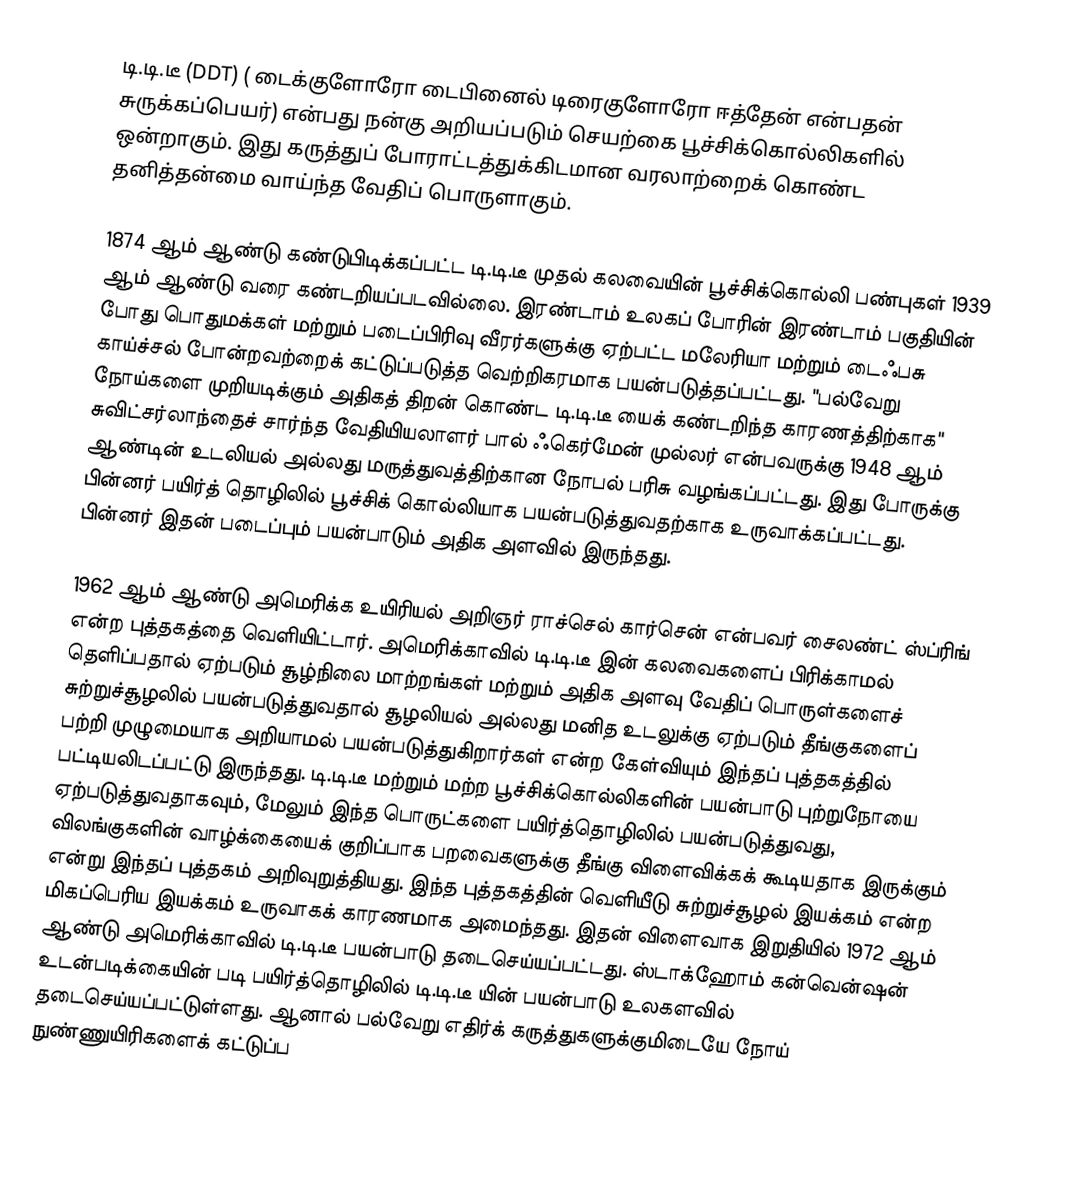
டி.டி.டீ (DDT) ( டைக்குளோரோ டைபினைல் டிரைகுளோரோ ஈத்தேன் என்பதன் சுருக்கப்பெயர்) என்பது நன்கு அறியப்படும் செயற்கை பூச்சிக்கொல்லிகளில் ஒன்றாகும். இது கருத்துப் போராட்டத்துக்கிடமான வரலாற்றைக் கொண்ட தனித்தன்மை வாய்ந்த வேதிப் பொருளாகும்.

1874 ஆம் ஆண்டு கண்டுபிடிக்கப்பட்ட டி.டி.டீ முதல் கலவையின் பூச்சிக்கொல்லி பண்புகள் 1939 ஆம் ஆண்டு வரை கண்டறியப்படவில்லை. இரண்டாம் உலகப் போரின் இரண்டாம் பகுதியின் போது பொதுமக்கள் மற்றும் படைப்பிரிவு வீரர்களுக்கு ஏற்பட்ட மலேரியா மற்றும் டைஃபசு காய்ச்சல் போன்றவற்றைக் கட்டுப்படுத்த வெற்றிகரமாக பயன்படுத்தப்பட்டது. "பல்வேறு நோய்களை முறியடிக்கும் அதிகத் திறன் கொண்ட டி.டி.டீ யைக் கண்டறிந்த காரணத்திற்காக" சுவிட்சர்லாந்தைச் சார்ந்த வேதியியலாளர் பால் ஃகெர்மேன் முல்லர் என்பவருக்கு 1948 ஆம் ஆண்டின் உடலியல் அல்லது மருத்துவத்திற்கான நோபல் பரிசு வழங்கப்பட்டது. இது போருக்கு பின்னர் பயிர்த் தொழிலில் பூச்சிக் கொல்லியாக பயன்படுத்துவதற்காக உருவாக்கப்பட்டது. பின்னர் இதன் படைப்பும் பயன்பாடும் அதிக அளவில் இருந்தது.

1962 ஆம் ஆண்டு அமெரிக்க உயிரியல் அறிஞர் ராச்செல் கார்சென் என்பவர் சைலண்ட் ஸ்ப்ரிங் என்ற புத்தகத்தை வெளியிட்டார். அமெரிக்காவில் டி.டி.டீ இன் கலவைகளைப் பிரிக்காமல் தெளிப்பதால் ஏற்படும் சூழ்நிலை மாற்றங்கள் மற்றும் அதிக அளவு வேதிப் பொருள்களைச் சுற்றுச்சூழலில் பயன்படுத்துவதால் சூழலியல் அல்லது மனித உடலுக்கு ஏற்படும் தீங்குகளைப் பற்றி முழுமையாக அறியாமல் பயன்படுத்துகிறார்கள் என்ற கேள்வியும் இந்தப் புத்தகத்தில் பட்டியலிடப்பட்டு இருந்தது. டி.டி.டீ மற்றும் மற்ற பூச்சிக்கொல்லிகளின் பயன்பாடு புற்றுநோயை ஏற்படுத்துவதாகவும், மேலும் இந்த பொருட்களை பயிர்த்தொழிலில் பயன்படுத்துவது, விலங்குகளின் வாழ்க்கையைக் குறிப்பாக பறவைகளுக்கு தீங்கு விளைவிக்கக் கூடியதாக இருக்கும் என்று இந்தப் புத்தகம் அறிவுறுத்தியது. இந்த புத்தகத்தின் வெளியீடு சுற்றுச்சூழல் இயக்கம் என்ற மிகப்பெரிய இயக்கம் உருவாகக் காரணமாக அமைந்தது. இதன் விளைவாக இறுதியில் 1972 ஆம் ஆண்டு அமெரிக்காவில் டி.டி.டீ பயன்பாடு தடைசெய்யப்பட்டது. ஸ்டாக்ஹோம் கன்வென்ஷன் உடன்படிக்கையின் படி பயிர்த்தொழிலில் டி.டி.டீ யின் பயன்பாடு உலகளவில் தடைசெய்யப்பட்டுள்ளது. ஆனால் பல்வேறு எதிர்க் கருத்துகளுக்குமிடையே நோய் நுண்ணுயிரிகளைக் கட்டுப்ப